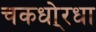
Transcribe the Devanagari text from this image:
चकधो्रधा